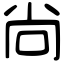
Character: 尙